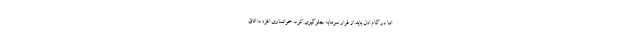
اما در گام اول باید از فرار سرمایه جلوگیری کرد. خوانساری افزود: اتاق